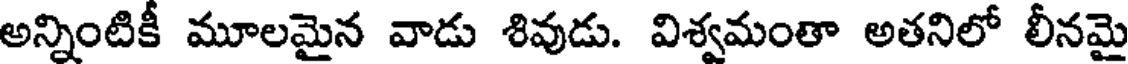
అన్నింటికీ మూలమైన వాడు శివుడు. విశ్వమంతా అతనిలో లీనమై